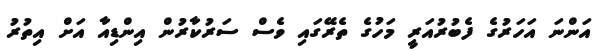
އަންނަ އަހަރުގެ ފެބުރުއަރީ މަހުގެ ތެރޭގައި ވެސް ސަރުކާރުން އިންޑިއާ އަށް އިތުރު